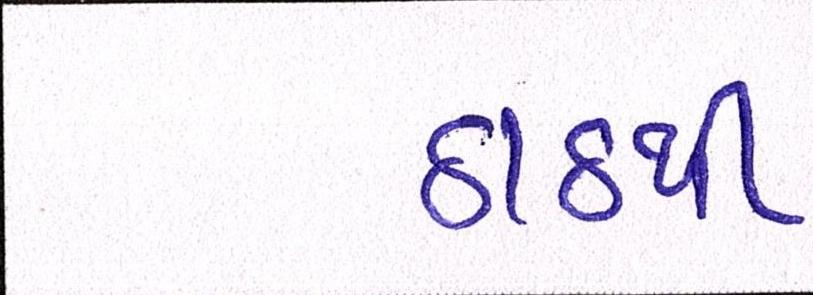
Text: ઠાઠથી